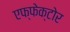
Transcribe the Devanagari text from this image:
एफ्फेक्टोर